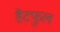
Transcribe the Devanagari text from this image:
हैटफुल